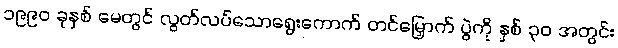
၁၉၉၀ ခုနှစ် မေတွင် လွတ်လပ်သောရွေးကောက် တင်မြှောက် ပွဲကို နှစ် ၃၀ အတွင်း